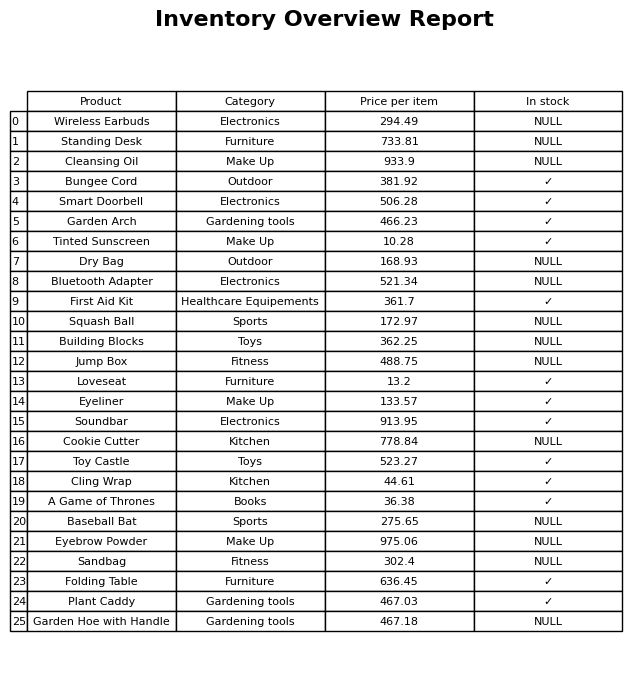
question: What is the price of the First Aid Kit?
answer: The price of First Aid Kit is 361.7.